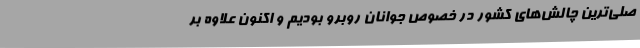
صلی‌ترین چالش‌های کشور در خصوص جوانان روبرو بودیم و اکنون علاوه بر